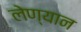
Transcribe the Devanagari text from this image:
लेण्यान